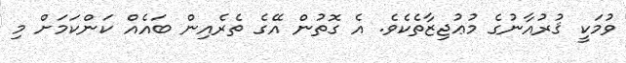
ވުމަކީ ޤުރުއާނުގެ މުޢުޖިޒާތެކެވެ. އެ ގޮތުން އޭގެ ތެރެއިން ބައެއް ކަންކަމަށް މި